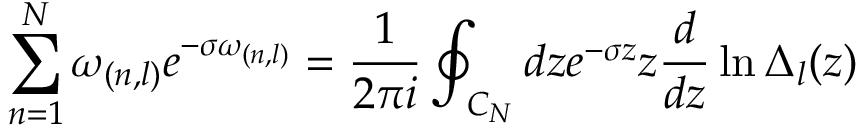
\sum _ { n = 1 } ^ { N } \omega _ { ( n , l ) } e ^ { - \sigma \omega _ { ( n , l ) } } = { \frac { 1 } { 2 \pi i } } \oint _ { C _ { N } } d z e ^ { - \sigma z } z { \frac { d } { d z } } \ln \Delta _ { l } ( z )